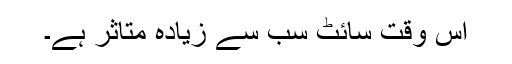
اس وقت سائٹ سب سے زیادہ متاثر ہے۔